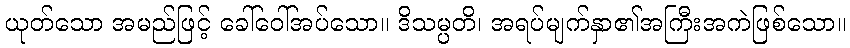
ယုတ်သော အမည်ဖြင့် ခေါ်ဝေါ်အပ်သော။ ဒိသမ္ပတိ၊ အရပ်မျက်နှာ၏အကြီးအကဲဖြစ်သော။